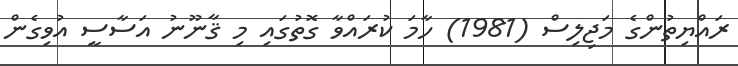
ރައްޔިތުންގެ މަޖިލިސް (1981) ހާމަ ކުރައްވާ ގޮތުގައި މި ޤާނޫނު އަސާސީ އުވިގެން